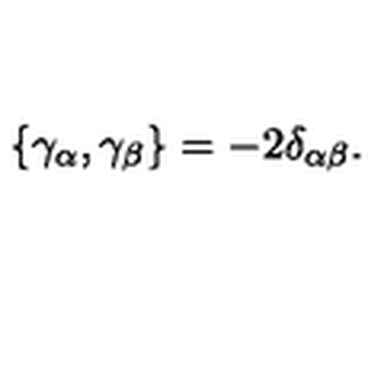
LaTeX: \{ \gamma _ { \alpha } , \gamma _ { \beta } \} = - 2 \delta _ { \alpha \beta } .